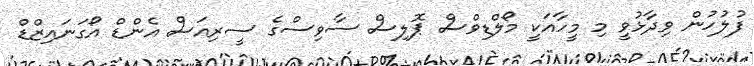
ފުލުހުން ވިދާޅުވީ މި މީހާއަކީ މޯލްޑިވްސް ޕޮލިސް ސާވިސްގެ ސީރިއަސް އެންޑް އޯގަނައިޒްޑް